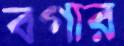
বগার